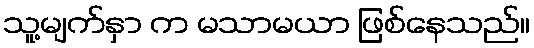
သူ့မျက်နှာ က မသာမယာ ဖြစ်နေသည်။